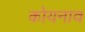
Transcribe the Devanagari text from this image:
कोयनाव